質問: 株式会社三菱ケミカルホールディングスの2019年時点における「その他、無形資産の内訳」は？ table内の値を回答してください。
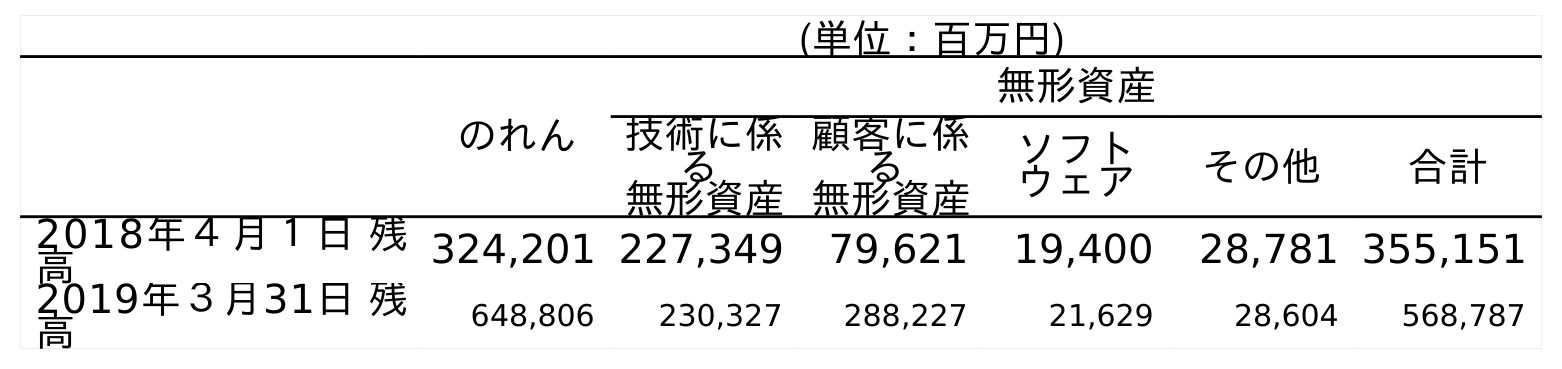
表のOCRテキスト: (単位：百万円) のれん 無形資産 技術に係 る 無形資産 顧客に係 る 無形資産 ソフト ウェア その他 合計 2018年４月１日 残 高 324,201 227,349 79,621 19,400 28,781 355,151 2019年３月31日 残 高 648,806 230,327 288,227 21,629 28,604 568,787
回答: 28,604